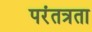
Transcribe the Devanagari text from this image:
परंतत्रता